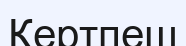
Кертпеш